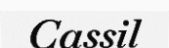
Cassil